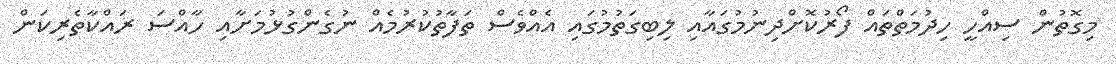
މިގޮތުން ސިއްހީ ހިދުމަތްތައް ފޯރުކޮށްދިނުމުގައާއި ލިބިގަތުމުގައި އެއްވެސް ތަފާތުކުރުމެއް ނުގެންގުޅުމަށާއި ހާއްސަ ރައްކާތެރިކަން